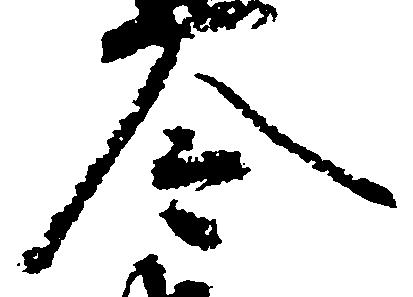
令